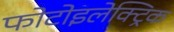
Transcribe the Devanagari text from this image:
फोटोइलेक्ट्रिक